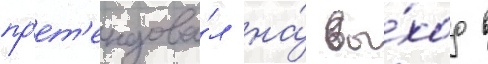
пр'ет'ендова́л на́ вы́ход в